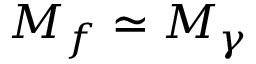
M _ { f } \simeq M _ { \gamma }